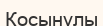
Қосынұлы